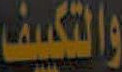
والتكييف